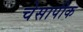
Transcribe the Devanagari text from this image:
चेसापीक